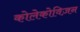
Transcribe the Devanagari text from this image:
कोलेकोविज़न